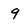
Character: 9